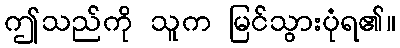
ဤသည်ကို သူက မြင်သွားပုံရ၏။